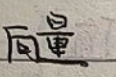
向量